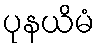
ပုနယိမံ